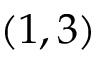
( 1 , 3 )